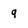
Character: 9